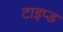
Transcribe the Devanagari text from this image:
टाइप्ड